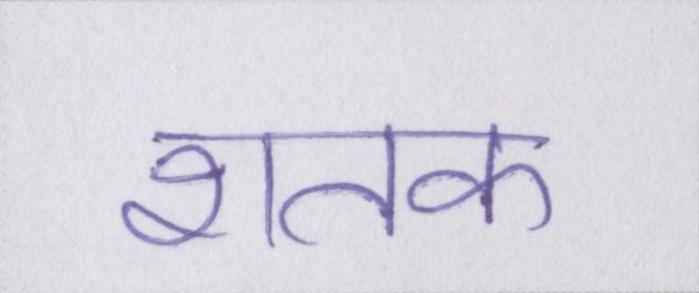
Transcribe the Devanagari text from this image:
शतक